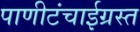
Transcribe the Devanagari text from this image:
पाणीटंचाईग्रस्त